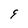
Character: 9